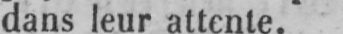
dans leur attente.